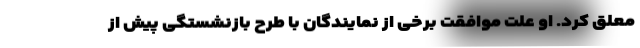
معلق کرد. او علت موافقت برخی از نمایندگان با طرح بازنشستگی پیش از